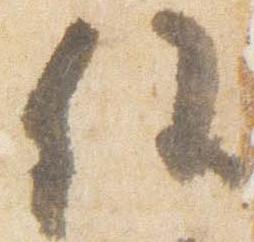
任